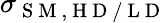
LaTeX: \sigma_{\mathrm{~S~M~,~H~D~/~L~D~}}